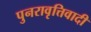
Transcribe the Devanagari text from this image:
पुनरावृत्तिवादी